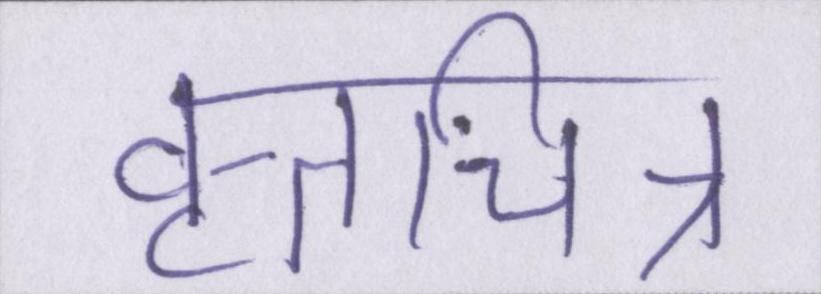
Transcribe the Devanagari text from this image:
वृत्तचित्र